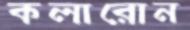
কলারোন